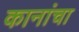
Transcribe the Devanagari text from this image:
कानांचा